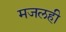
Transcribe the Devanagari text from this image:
मजलही